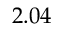
2 . 0 4